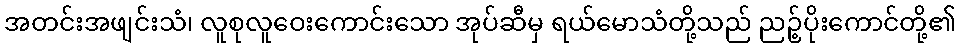
အတင်းအဖျင်းသံ၊ လူစုလူဝေးကောင်းသော အုပ်ဆီမှ ရယ်မောသံတို့သည် ညဉ့်ပိုးကောင်တို့၏